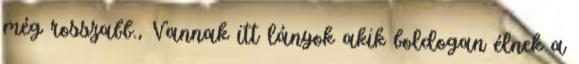
még rosszabb., Vannak itt lányok akik boldogan élnek a